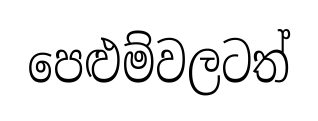
පෙළුම්වලටත්